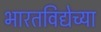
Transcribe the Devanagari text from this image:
भारतविद्येच्या